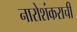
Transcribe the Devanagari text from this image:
नारोशंकराची